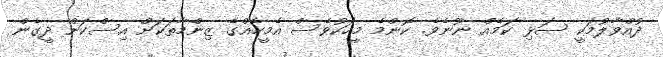
ދުއްވާލުމަކީ ސަޅި ކަމެއް ނޫނެވެ. ކޮންމެ މީހަކުވެސް އެމީހެއްގެ ޒިންމާތަކަށް އިސްކަން ދީގެން